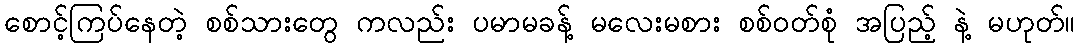
စောင့်ကြပ်နေတဲ့ စစ်သားတွေ ကလည်း ပမာမခန့် မလေးမစား စစ်ဝတ်စုံ အပြည့် နဲ့ မဟုတ်။